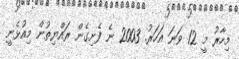
މިހާރު މީ 12 ވަނަ އަހަރު. 2003 ނެ ފެށިގެން ރައްޔިތުން މިއުޅެނީ